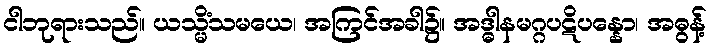
ငါဘုရားသည်။ ယသ္မိံသမယေ၊ အကြင်အခါ၌။ အဒ္ဓါနမဂ္ဂပဋိပန္နော၊ အဓွန့်